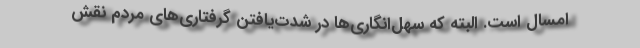
امسال است. البته كه سهل‌انگاري‌ها در شدت‌يافتن گرفتاري‌هاي مردم نقش